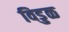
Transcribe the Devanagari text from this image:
विडुळ